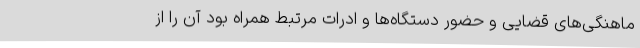
ماهنگی‌های قضایی و حضور دستگاه‌ها و ادرات مرتبط همراه بود آن را از